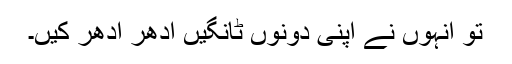
تو انہوں نے اپنی دونوں ٹانگیں ادھر ادھر کیں۔